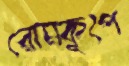
রোমকূপে